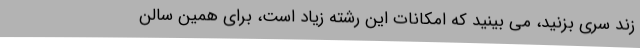
زند سری بزنید، می بینید که امکانات این رشته زیاد است، برای همین سالن